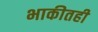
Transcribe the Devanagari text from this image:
भाकीतही